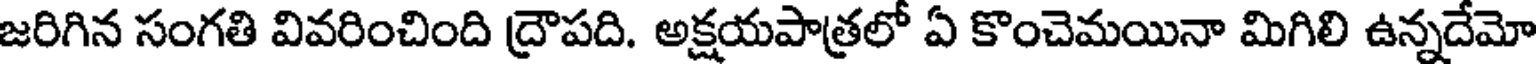
జరిగిన సంగతి వివరించింది ద్రౌపది. అక్షయపాత్రలో ఏ కొంచెమయినా మిగిలి ఉన్నదేమో